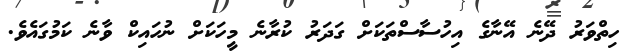
ހިތްވަރު ދޭނެ އޭނާގެ އިހުސާސްތަކަށް ގަދަރު ކުރާނެ މީހަކަށް ނުހައިކް ވާނެ ކަމުގައެވެ.